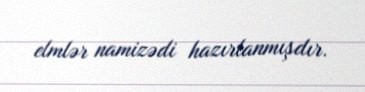
elmlər namizədi hazırlanmışdır.